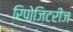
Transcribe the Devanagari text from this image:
रिपोजिटरीज